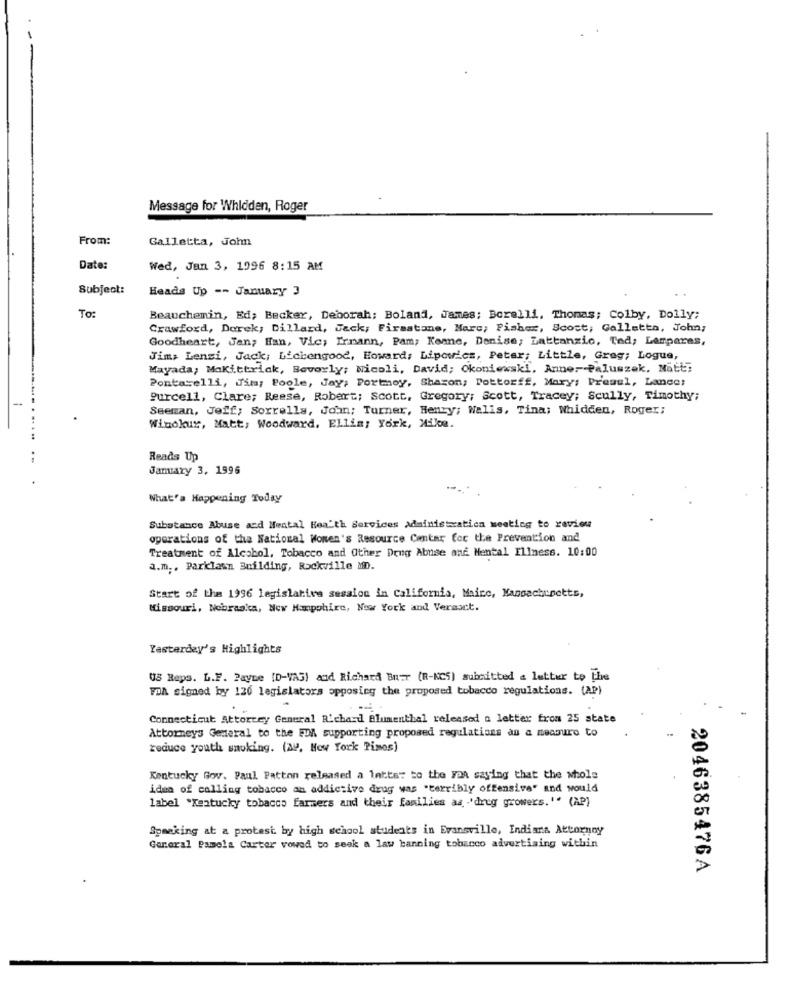
Message for Whidden, Roger
From:
Galletta, John
Date:
Wed, Jan 3, 1996 8:15 AM
Subject:
Heads Up -- January 3
To:
Beauchemin, Ed; Becker, Deborah; Boland, James; Borelli, Thomas; Colby, Dolly;
Crawford, Derek, Billard, Jack; Firestone, Marc; Fisher, Scott, Galletto, John;
Goodheart, Jan; Han, Vic; Irmann, Pam; Keane, Denise; Lattanzio, Ted; Lampares,
Jim, Lenzi, Jack; Lichengood, Howard, Lipowicz, Peter; Little, Greg; Logue,
Mayada; Makittrick, Beverly; wicoli, David; Okoniewski, Anne- Paluszek. Natt;
Pontarelli, Jim; Poole, Jay; Portnoy, Sharon, Pottorff, Mary; Premul, Lance:
--
Purcell, Clare; Reese, Robert; Scott, Gregory; Scott, Tracey; Scully, Timothy;
Seeman, Jeff; Sorrells, John; Turner, Henry; Walls, Tina; Whidden, Roger;
Winokur, Matt; Woodward, Ellis; York, Mike.
Reads Up
January 3. 1996
What's Happening Today
Substance Abuse and Mental Health Services administratica meeting to raviou
operations of the National Wonen's Resource Contar for the Prevention and
Treatment of Alcohol, Tobacco and Other Drug Abuse and Mental Illness. 10:00
a.m ., Parklawn Building, Rockville MD.
Start of the 1996 legislative session in California, Maire, Kansacbinette,
Missouri, Nebraska, New Hampshire, New York and Vermoct.
Yesterday's Highlights
US Reps. L.F. Payne [D-VAS) and Richard Bner (R-KCS) subcutted a letter to the
TOA signed by 120 legislators opposing the proposed tobacco regulations. (AP)
Connecticut Attorcey General Richard Blumenthal released a letter from 25 state
Attorneys General to the FDA supporting proposed regulations as a measure to
reduce youth smoking. (AP, How York Pimes)
Kentucky Gov. Paul Patton released a latte: to the FDA saying that the whole
idea of calling tobacco an addictive drug was "terribly offensive" and would
label "Kentucky tobacco farmers and their families as 'drug growers."" (AP)
Speaking at a protest by high school students in Evansville, Indiana Attornny
General Pamela Carter vowed to seek a law banning tobanco advertising within
2046385476A